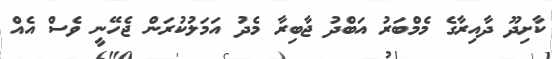
ކާށިދޫ ދާއިރާގެ މެމްބަރު އަބްދު ޖާބިރާ މެދު އަމަލުކުރަން ޖެހޭނީ ވެސް އެއް